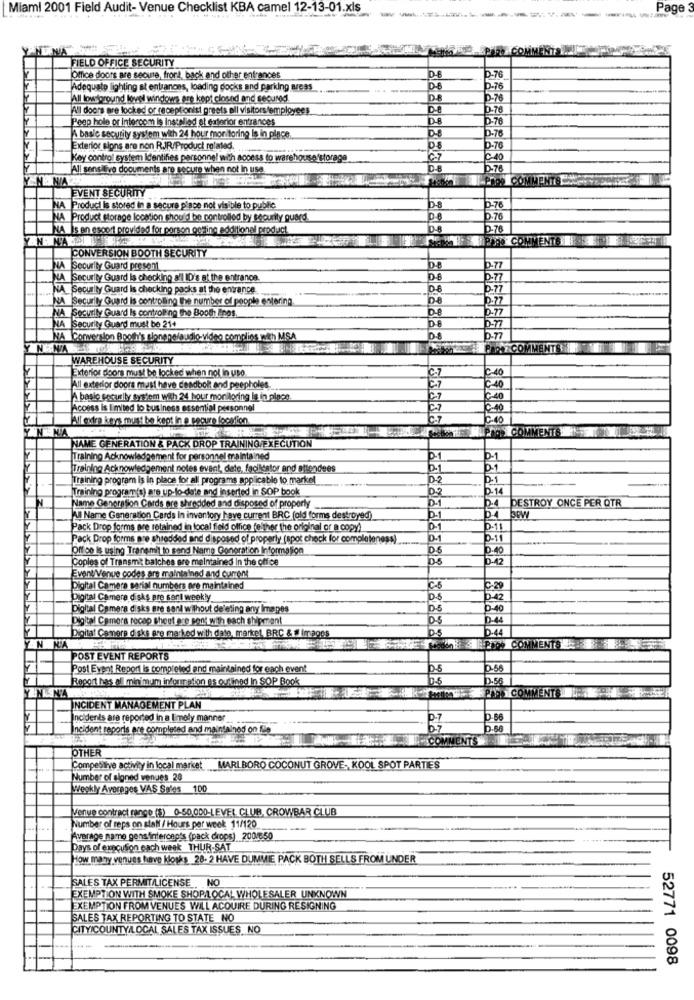
Miami 2001 Field Audit- Venue Checklist KBA camel 12-13-01.xls
Page
PriRe COMM
FIELD OFFICE SECURITY
Office doors are secure, front, back and other entrances
D-76
Adequate lighting at entrances, loading docks and parking areas
D-6
D-76
All lowtoround level windows are kept closed and secured.
DE
D-76
ANI doors are locked or receptionist greets all visitors employees
D-76
Peep hole or intercom is installed et exterior entrances
D8
D-76
ID-8
D-76
A basic security system with 24 hour monitoring Is in place
Exterior signs are non RJR/Product related.
D-76
Key control system Identifies personnel with access to warehouse'storage
C-40
All sensitive documents are secure when not in use
D-8
ID-76
NIA
TI-Prog COMMENTS
EVENT SECURITY
D-76
NA |Product is stored in a secure place not visible to public
NA |Product storage location should be controlled by security guard
D.76
NA Is en escort provided for porson getting additional product
D.76
VENT
CONVERSIÓN BOOTH SECURITY
NA Security Guard present
D-77
A Security Guard Is checking a'l ID's at the entrance.
b.77
NA Security Guard is checking packs at the entrance.
b.77
NA Security Guard is controlling the number of people entering.
p.77
NA Security Guard Is controlling the Booth linos.
D-8
0.77
D-8
NA Security Guard must be 21+
NA Conversion Booth's sioneperaudio-video complies with MSA
D-77
N
WAREHOUSE SECURITY
Exterior doors must be locked when not In uso
C-7
240
All exterior doors must have deadbolt and peepholes.
€10
A basic security system with 24 hour monitoring is in piace.
40
Access is limited to business essential personnel
AMT extra keys must be kept in e secure location
7.10
NA
COMMENTS EN
NAME GENERATION & PACK DROP TRAINING/EXECUTION
Training Acknowledgement for personnel maintained
D-1
D-1
Training Acknowledgement notes event, date, facilitator and attendees
D-1
0.1
Training program is in place for all programs applicable to markel
D-2
0.1
Training program(s) are up-to-date and inserted in SOP book
02
D-14
D-1
DESTROY ONCE PER QTR
Name Generation Cards are shredded and disposed of properly
p.4
Jul Name Generation Cards In inventory have current BRC (old forms destroyed)
D-1
D-4 30W
Pack Drop forms are retained in local field office (either the original or a copy)
D-1
D-11
Pack Drop forms are shredded and disposed of properly (spot check for completeness)
D-1
Office Is using Transmit to send Name Generation Information
D-40
Copies of Transmit batches are maintained In the office
DS
D-42
Event/Venue codes are maintained and current
Digital Camera serial numbers are maintained
C-5
C-29
Digital Camera disks pre sarl weekly
D-5
D-42
Digital Camera disks ere seni without deleting
deleting any Imapes
D-5
D-40
Digital Camera recep sheet are sent with each shipment
D-5
D-44
Digital Camere disks are marked with date, market, BRC & # Images
D-5
D-44
N
NA
POO9 COMMENTS
POST EVENT REPORTS
Post Event Report is completed and maintained for each event
D-5
D-68
Report has ell minimum information as outlined In SOP Book
0-5
0.56
PIDO COMMENTS
NCIDENT MANAGEMENT PLAN
Incidents are reported in a timely manner
holdent reports are completed and maintained on file
OTHER
Competitive activity in local market
MARLBORO COCONUT GROVE, KOOL SPOT PARTIES
Number of signed venues 28
Weekly Averages VAS Spies 100
Venue contract range ($) 0-50,000-LEVEL, CLUB, CROWBAR CLUB
Number of reps on stall / Hours per week 11/120
Average name gensiintercepts (pack crops) 200/350
Days of execution each week THUR-SAT
How many venues have kiosks 28- 2 HAVE DUMMIE PACK BOTH SELLS FROM UNDER
SALES TAX PERMIT/LICENSE . . NO
EXEMPTION WITH SMOKE SHOPLOCAL WHOLESALER UNKNOWN
EXEMPTION FROM VENUES WILL ACQUIRE DURING RESIGNING
SALES TAX REPORTING TO STATE NO
CITYICOUNTY/LOCAL SALES TAX ISSUES NO
52771 0098